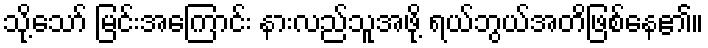
သို့သော် မြင်းအကြောင်း နားလည်သူအဖို့ ရယ်ဘွယ်အတိဖြစ်နေ၏။